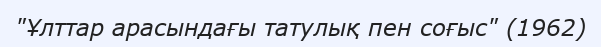
"Ұлттар арасындағы татулық пен соғыс" (1962)